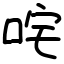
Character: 咤